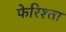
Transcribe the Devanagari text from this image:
फेरिश्ता